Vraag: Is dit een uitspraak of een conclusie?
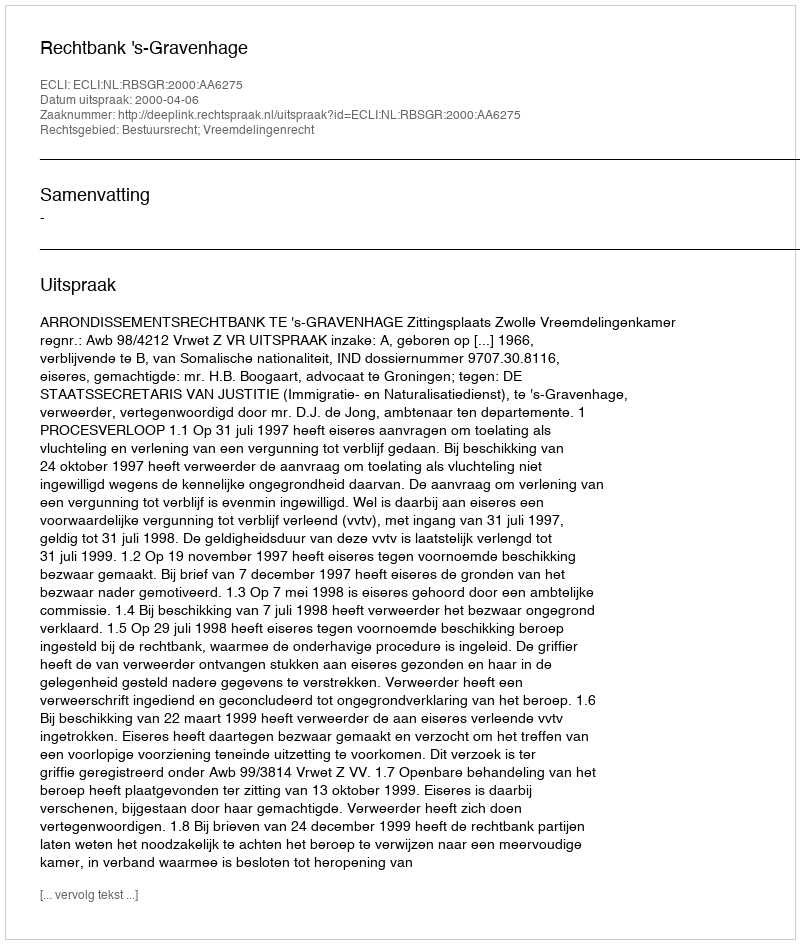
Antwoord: Uitspraak